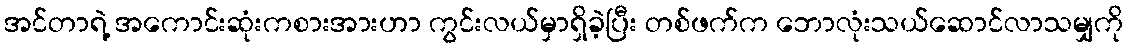
အင်တာရဲ့ အကောင်းဆုံးကစားအားဟာ ကွင်းလယ်မှာရှိခဲ့ပြီး တစ်ဖက်က ဘောလုံးသယ်ဆောင်လာသမျှကို